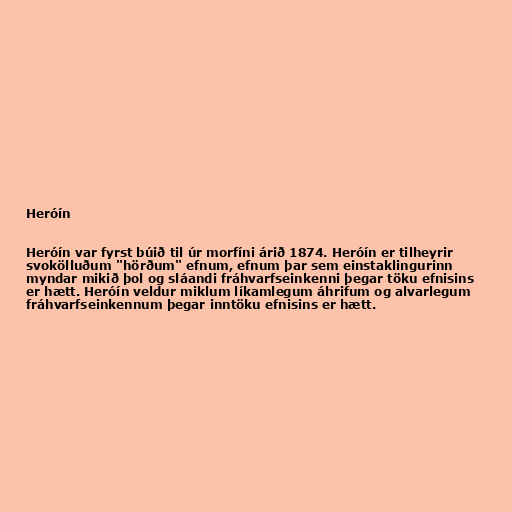
Heróín

Heróín var fyrst búið til úr morfíni árið 1874. Heróín er tilheyrir
svokölluðum "hörðum" efnum, efnum þar sem einstaklingurinn
myndar mikið þol og sláandi fráhvarfseinkenni þegar töku efnisins
er hætt. Heróín veldur miklum líkamlegum áhrifum og alvarlegum
fráhvarfseinkennum þegar inntöku efnisins er hætt.